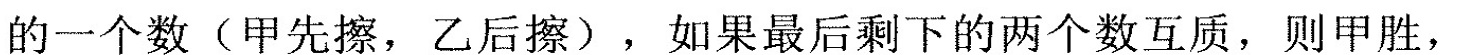
的一个数(甲先擦，乙后擦)，如果最后剩下的两个数互质，则甲胜，